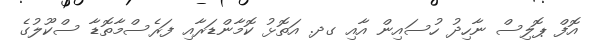
އޮފް ޕޮލިސް ނާހިދު ހުސައިން އާއި ގދ. އަތޮޅު ކޮމާންޑަރާއި ފަރެސްމާތޮޑާ ސްކޫލުގެ